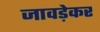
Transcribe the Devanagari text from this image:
जावड़ेकर